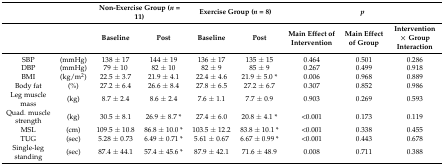
<table><thead><tr><td>[EMPTY_CELL]</td><td>[EMPTY_CELL]</td><td colspan="2"><b>Non-Exercise Group (<i>n</i> = 11)</b></td><td colspan="2"><b>Exercise Group (<i>n</i> = 8)</b></td><td colspan="3"><b><i>p</i></b></td></tr><tr><td>[EMPTY_CELL]</td><td>[EMPTY_CELL]</td><td><b>Baseline</b></td><td><b>Post</b></td><td><b>Baseline</b></td><td><b>Post</b></td><td><b>Main Effect of Intervention</b></td><td><b>Main Effect of Group</b></td><td><b>Intervention × Group Interaction</b></td></tr></thead><tbody><tr><td>SBP</td><td>(mmHg)</td><td>138 ± 17</td><td>144 ± 19</td><td>136 ± 17</td><td>135 ± 15</td><td>0.464</td><td>0.501</td><td>0.286</td></tr><tr><td>DBP</td><td>(mmHg)</td><td>79 ± 10</td><td>82 ± 10</td><td>82 ± 9</td><td>85 ± 9</td><td>0.267</td><td>0.499</td><td>0.918</td></tr><tr><td>BMI</td><td>(kg/m<sup>2</sup>)</td><td>22.5 ± 3.7</td><td>21.9 ± 4.1</td><td>22.4 ± 4.6</td><td>21.9 ± 5.0 *</td><td>0.006</td><td>0.968</td><td>0.889</td></tr><tr><td>Body fat</td><td>(%)</td><td>27.2 ± 6.4</td><td>26.6 ± 8.4</td><td>27.8 ± 6.5</td><td>27.2 ± 6.7</td><td>0.307</td><td>0.852</td><td>0.986</td></tr><tr><td>Leg muscle mass</td><td>(kg)</td><td>8.7 ± 2.4</td><td>8.6 ± 2.4</td><td>7.6 ± 1.1</td><td>7.7 ± 0.9</td><td>0.903</td><td>0.269</td><td>0.593</td></tr><tr><td>Quad. muscle strength</td><td>(kg)</td><td>30.5 ± 8.1</td><td>26.9 ± 8.7 *</td><td>27.4 ± 6.0</td><td>20.8 ± 4.1 *</td><td>&lt;0.001</td><td>0.173</td><td>0.119</td></tr><tr><td>MSL</td><td>(cm)</td><td>109.5 ± 10.8</td><td>86.8 ± 10.0 *</td><td>103.5 ± 12.2</td><td>83.8 ± 10.1 *</td><td>&lt;0.001</td><td>0.338</td><td>0.455</td></tr><tr><td>TUG</td><td>(sec)</td><td>5.28 ± 0.73</td><td>6.49 ± 0.71 *</td><td>5.61 ± 0.67</td><td>6.67 ± 0.99 *</td><td>&lt;0.001</td><td>0.443</td><td>0.678</td></tr><tr><td>Single-leg standing</td><td>(sec)</td><td>87.4 ± 44.1</td><td>57.4 ± 45.6 *</td><td>87.9 ± 42.1</td><td>71.6 ± 48.9</td><td>0.008</td><td>0.711</td><td>0.388</td></tr></tbody></table>